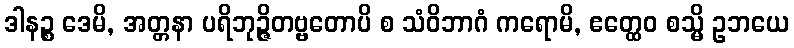
ဒါနဉ္စ ဒေမိ, အတ္တနာ ပရိဘုဉ္ဇိတဗ္ဗတောပိ စ သံဝိဘာဂံ ကရောမိ, ဧတ္ထေဝ စသ္မိ ဥဘယေ